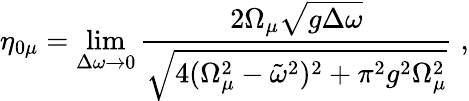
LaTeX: \eta_{0\mu}=\operatorname*{lim}_{\Delta\omega\to 0}\frac{2\Omega_{\mu}\sqrt{g\Delta\omega}}{\sqrt{4(\Omega_{\mu}^{2}-\tilde{\omega}^{2})^{2}+\pi^{2}g^{2}\Omega_{\mu}^{2}}}\; ,